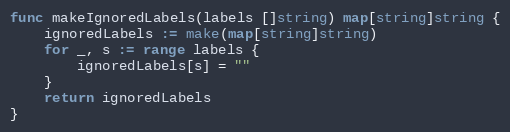
Language: Go
func makeIgnoredLabels(labels []string) map[string]string {
	ignoredLabels := make(map[string]string)
	for _, s := range labels {
		ignoredLabels[s] = ""
	}
	return ignoredLabels
}